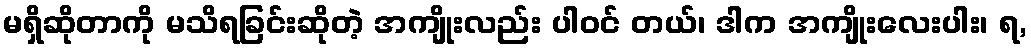
မရှိဆိုတာကို မသိရခြင်းဆိုတဲ့ အကျိုးလည်း ပါဝင် တယ်၊ ဒါက အကျိုးလေးပါး၊ ရ,